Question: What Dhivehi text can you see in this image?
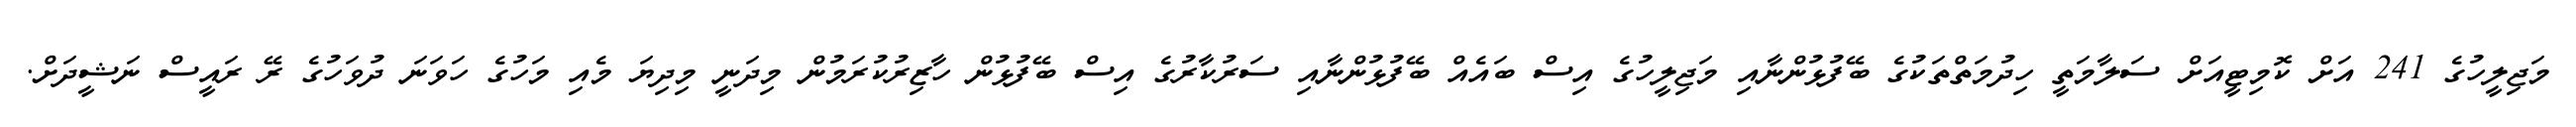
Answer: މަޖިލީހުގެ 241 އަށް ކޮމިޓީއަށް ސަލާމަތީ ހިދުމަތްތަކުގެ ބޭފުޅުންނާއި މަޖިލީހުގެ އިސް ބައެއް ބޭފުޅުންނާއި ސަރުކާރުގެ އިސް ބޭފުޅުން ހާޒިރުކުރަމުން މިދަނީ މިދިޔަ މެއި މަހުގެ ހަވަނަ ދުވަހުގެ ރޭ ރައީސް ނަޝީދަށް.